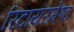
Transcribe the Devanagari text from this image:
रिटायरमेण्ट